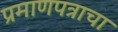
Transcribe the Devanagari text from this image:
प्रमाणपत्राचा